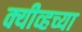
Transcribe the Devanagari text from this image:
क्यीव्हच्या